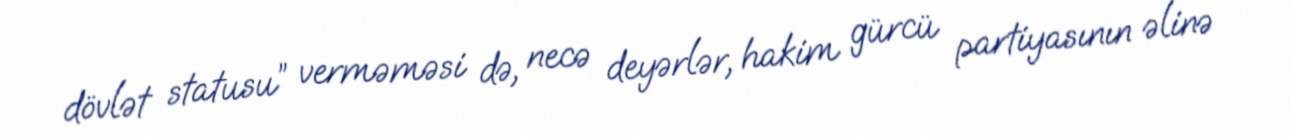
dövlət statusu” verməməsi də, necə deyərlər, hakim gürcü partiyasının əlinə